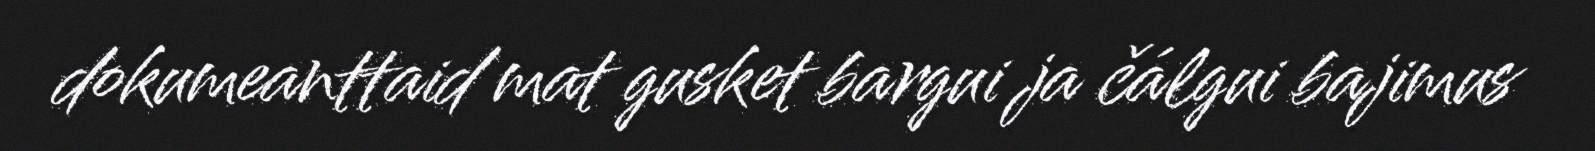
dokumeanttaid mat gusket bargui ja čálgui bajimus